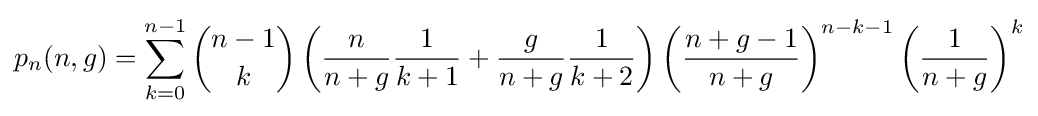
p_{n}(n,g)=\sum _{k=0}^{n-1}{\binom {n-1}{k}}\left({\frac {n}{n+g}}{\frac {1}{k+1}}+{\frac {g}{n+g}}{\frac {1}{k+2}}\right)\left({\frac {n+g-1}{n+g}}\right)^{n-k-1}\left({\frac {1}{n+g}}\right)^{k}